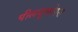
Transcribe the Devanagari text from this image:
पीलयूलोगस